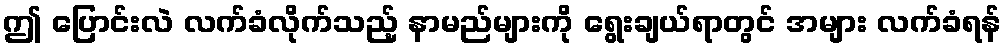
ဤ ပြောင်းလဲ လက်ခံလိုက်သည့် နာမည်များကို ရွေးချယ်ရာတွင် အများ လက်ခံရန်